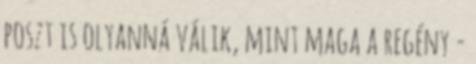
poszt is olyanná válik, mint maga a regény -